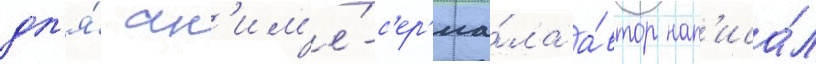
дл'я́ ан'им'е́-с'ер'иа́ла а́втор нап'иса́л